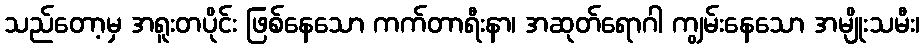
သည်တော့မှ အရူးတပိုင်း ဖြစ်နေသော ကက်တာရီးနာ၊ အဆုတ်ရောဂါ ကျွမ်းနေသော အမျိုးသမီး၊